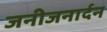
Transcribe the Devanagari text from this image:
जनीजनार्दन